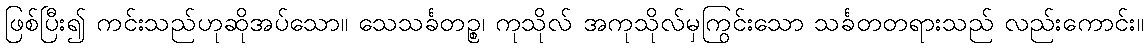
ဖြစ်ပြီး၍ ကင်းသည်ဟုဆိုအပ်သော။ သေသင်္ခတဉ္စ၊ ကုသိုလ် အကုသိုလ်မှကြွင်းသော သင်္ခတတရားသည် လည်းကောင်း။